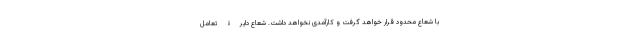
با شعاع محدود قرار خواهد گرفت و کارآمدی نخواهد داشت. شعاعِ دایرۀ تعامل